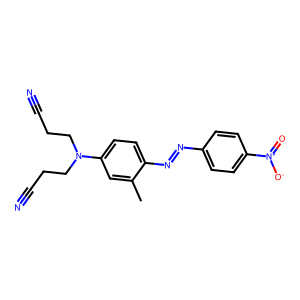
SMILES: Cc1cc(N(CCC#N)CCC#N)ccc1N=Nc1ccc([N+](=O)[O-])cc1
Inhibits HIV replication: No